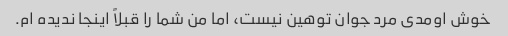
خوش اومدی مرد جوان توهین نیست، اما من شما را قبلاً اینجا ندیده ام.